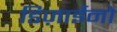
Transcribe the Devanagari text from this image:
डिज़ाईनों